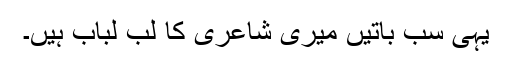
یہی سب باتیں میری شاعری کا لُبِ لباب ہیں۔